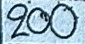
200